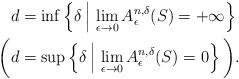
LaTeX: \begin{align*} d&=\inf \left\{\delta\,\Big|\,\lim_{\epsilon\to0} A_\epsilon^{n,\delta} (S)= +\infty\right\}\\ \bigg(d&=\sup\left\{\delta\,\Big|\,\lim_{\epsilon\to0} A_\epsilon^{n,\delta} (S)= 0\right\}\bigg). \end{align*}